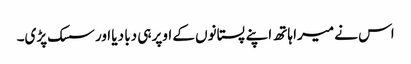
اس نے میرا ہاتھ اپنے پستانوں کے اوپر ہی دبا دیا اور سسک پڑی۔